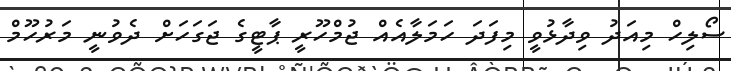
ސޯލިހް މިއަދު ވިދާޅުވީ މިފަދަ ހަމަލާއެއް ޖުމްހޫރީ ޕާޓީގެ ޖަގަހަށް ދެވުނީ މަރުހޫމް